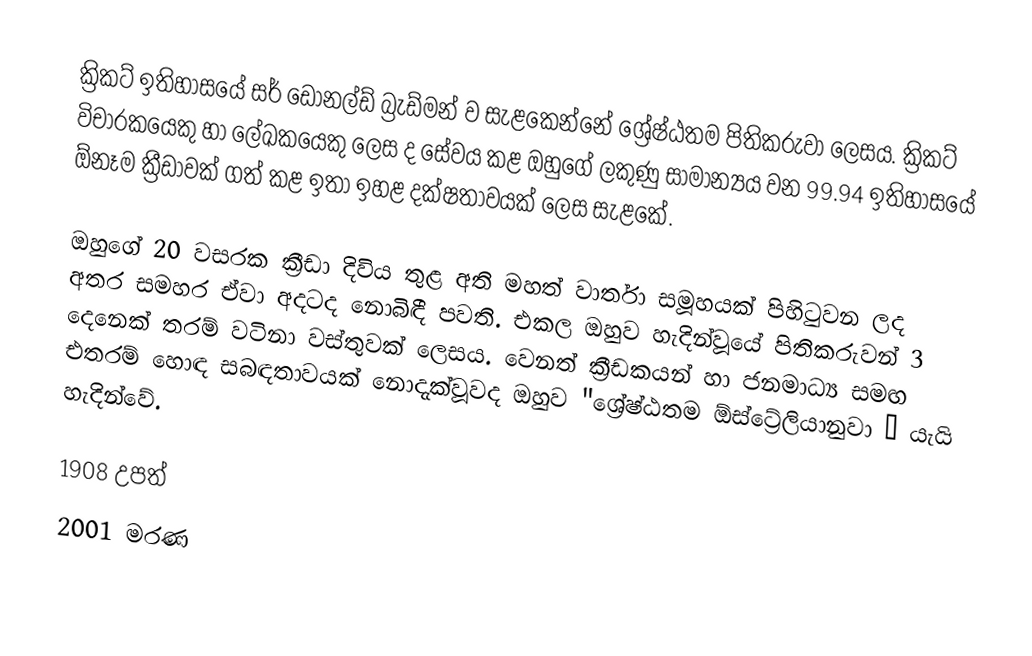
ක්‍රිකට් ඉතිහාසයේ සර් ඩොනල්ඩ් බ්‍රැඩ්මන් ව සැළකෙන්නේ ශ්‍රේෂ්ඨතම පිතිකරුවා ලෙසය. ක්‍රිකට් විචාරකයෙකු හා ලේඛකයෙකු ලෙස ද සේවය කළ ඔහුගේ ලකුණු සාමාන්‍යය වන 99.94 ඉතිහාසයේ ඕනෑම ක්‍රීඩාවක් ගත් කළ ඉතා ඉහළ දක්ෂතාවයක් ලෙස සැළකේ.

ඔහුගේ 20 වසරක ක්‍රීඩා දිවිය තුළ අති මහත් වාර්තා සමූහයක් පිහිටුවන ලද අතර සමහර ඒවා අදටද නොබිඳී පවති. එකල ඔහුව හැදින්වූයේ පිතිකරුවන් 3 දෙනෙක් තරම් වටිනා වස්තුවක් ලෙසය. වෙනත් ක්‍රීඩකයන් හා ජනමාධ්‍ය සමඟ එතරම් හොඳ සබඳතාවයක් නොදැක්වූවද ඔහුව "ශ්‍රේෂ්ඨතම ඕස්ට්‍රේලියානුවා ” යැයි හැදින්වේ.

1908 උපත්
2001 මරණ